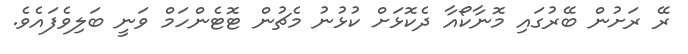
ރޭ ރަށުން ބޭރުގައި މޮނާކޯއާ ދެކޮޅަށް ކުޅުނު މެޗުން ޓޮޓެންހަމް ވަނީ ބަލިވެފައެވެ.